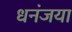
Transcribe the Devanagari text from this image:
धनंजया